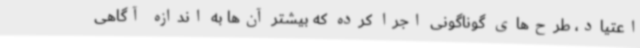
اعتیاد، طرح‌های گوناگونی اجرا کرده که بیشتر آن‌ها به اندازه آگاهی